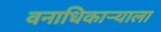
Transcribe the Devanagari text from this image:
वनाधिकाऱ्याला